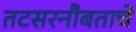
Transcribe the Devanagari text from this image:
तटसरनौबताचे